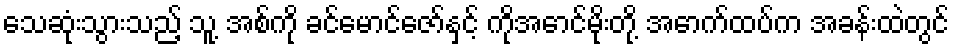
သေဆုံးသွားသည့် သူ့ အစ်ကို ခင်မောင်ဇော်နှင့် ကိုအောင်မိုးတို့ အောက်ထပ်က အခန်းထဲတွင်